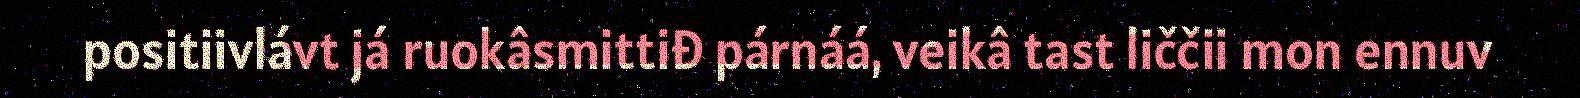
positiivlávt já ruokâsmittiđ párnáá, veikâ tast liččii mon ennuv